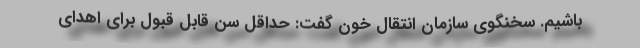
باشیم. سخنگوی سازمان انتقال خون گفت: حداقل سن قابل قبول برای اهدای